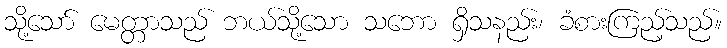
သို့သော် မေတ္တာသည် ဘယ်သို့သော သဘော ရှိသနည်း၊ ခံစားကြည့်သည်။